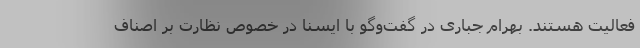
فعالیت هستند. بهرام جباری در گفت‌وگو با ایسنا در خصوص نظارت بر اصناف